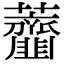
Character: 𧅱